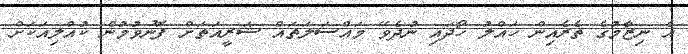
އެ ނިޒާމުގެ ތެރެއިން ހައްލު ހޯދައި ނުދެވޭ މައްސަލަތައް ޝަރީއަތަށް ފޮނުވުމުން ކުއްލިއަކަށް